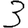
Digit: 3